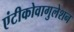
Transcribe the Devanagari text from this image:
एंटीकोवागुलेशन